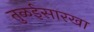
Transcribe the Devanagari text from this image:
तुळईसारखा